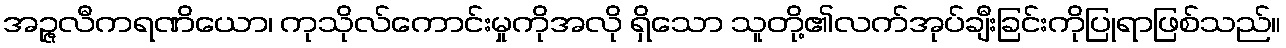
အဉ္ဇလီကရဏိယော၊ ကုသိုလ်ကောင်းမှုကိုအလို ရှိသော သူတို့၏လက်အုပ်ချီးခြင်းကိုပြုရာဖြစ်သည်။